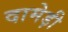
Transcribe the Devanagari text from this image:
दामेड़ी